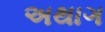
અથાગ